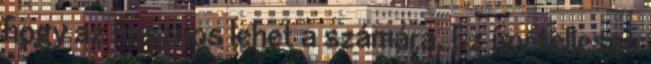
hogy az hasznos lehet a számára. Ez így teljesen